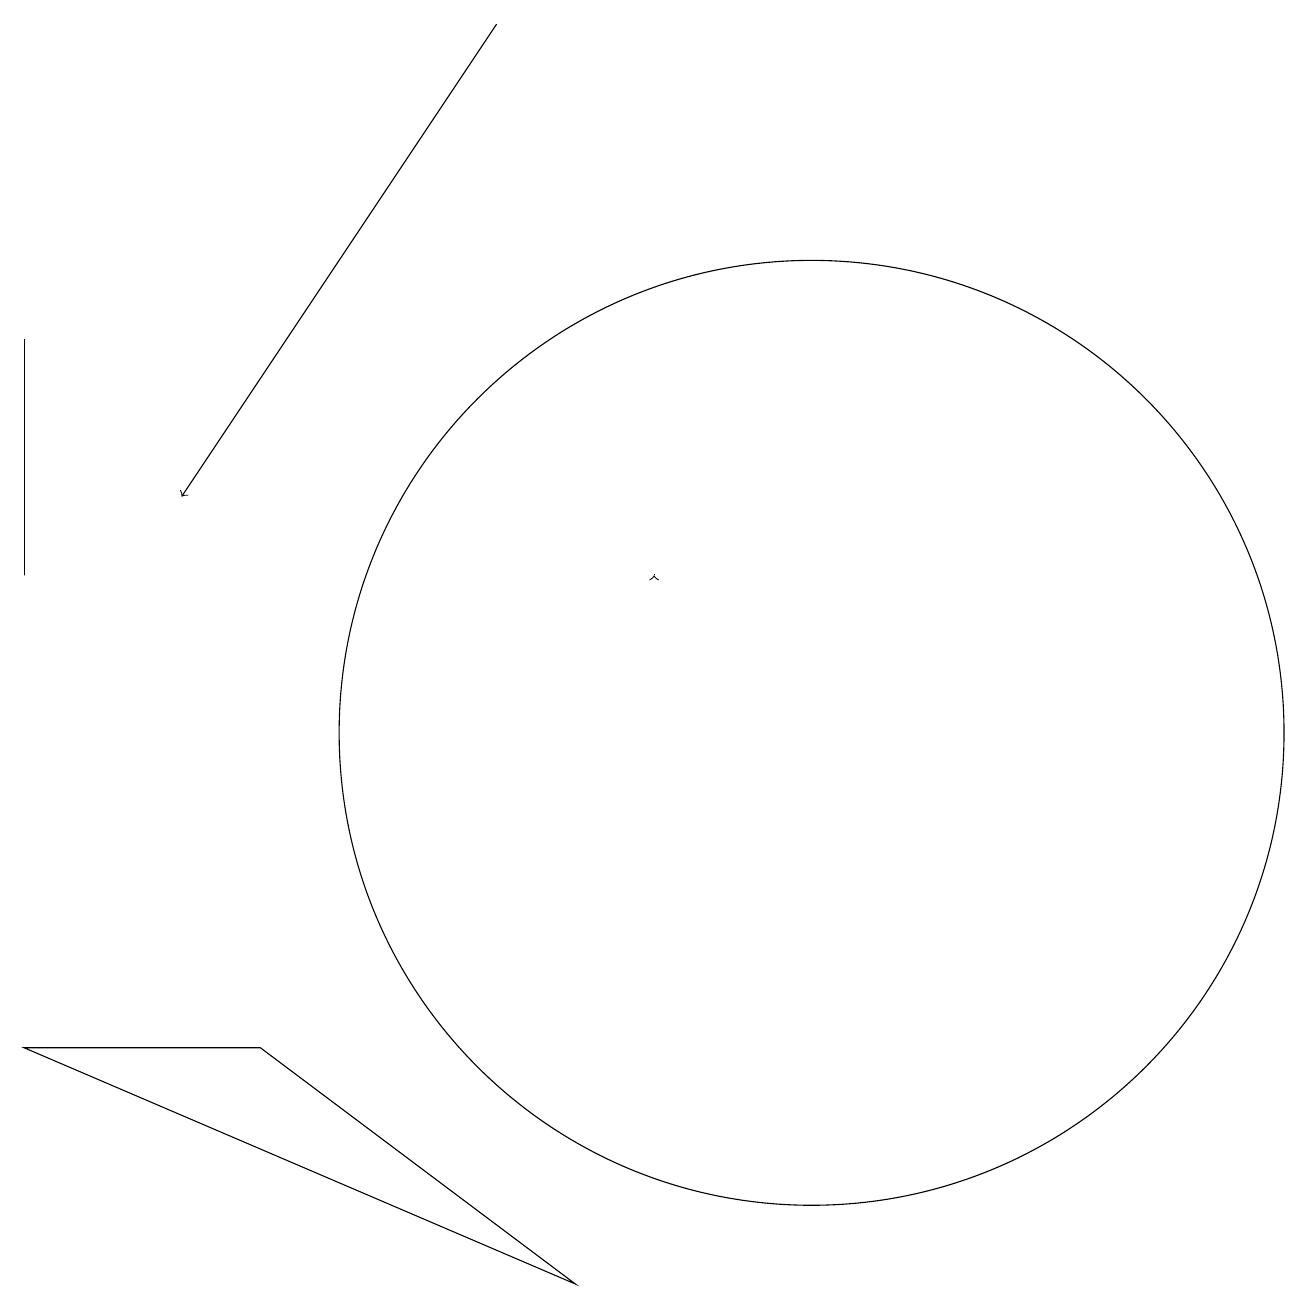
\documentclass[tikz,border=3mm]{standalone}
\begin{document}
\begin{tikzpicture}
\draw (1,12) rectangle (1,15);
\draw (11,10) circle (6);
\draw[->] (9,12) -- (9,12);
\draw[->] (7,19) -- (3,13);
\draw (4,6) -- (1,6) -- (8,3) -- cycle;
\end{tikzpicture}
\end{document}